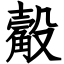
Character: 觳